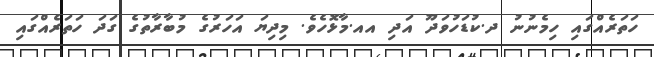
ހަތަރެއްގައި ހިމެނުނު ދ.ކުޑަހުވަދޫ އަދި އއ.މާޅޮހެވެ. މިދިޔަ އަހަރުގެ މުބާރާތުގެ ގަދަ ހަތަރެއްގައި